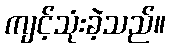
ကျင့်သုံးခဲ့သည်။